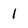
Character: 1